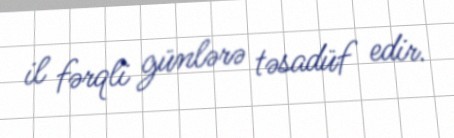
il fərqli günlərə təsadüf edir.